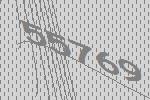
55769